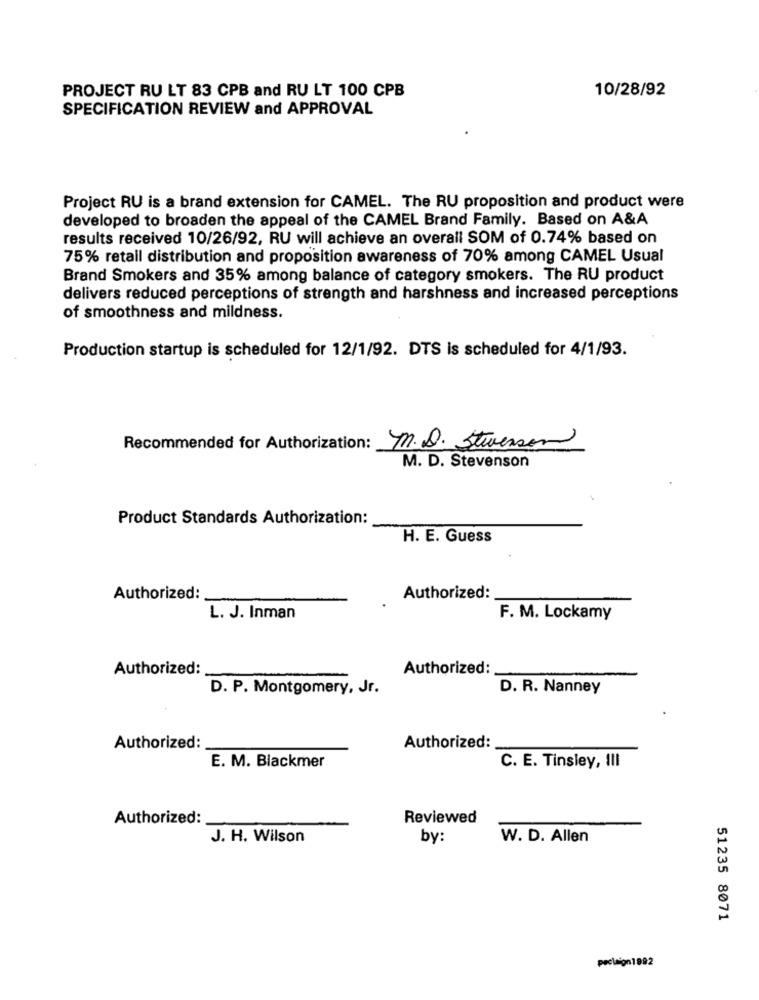
PROJECT RU LT 83 CPB and RU LT 100 CPB
10/28/92
SPECIFICATION REVIEW and APPROVAL
Project RU is a brand extension for CAMEL. The RU proposition and product were
developed to broaden the appeal of the CAMEL Brand Family. Based on A&A
results received 10/26/92, RU will achieve an overall SOM of 0.74% based on
75% retail distribution and proposition awareness of 70% among CAMEL Usual
Brand Smokers and 35% among balance of category smokers. The RU product
delivers reduced perceptions of strength and harshness and increased perceptions
of smoothness and mildness.
Production startup is scheduled for 12/1/92. DTS is scheduled for 4/1/93.
Recommended for Authorization: M.D. Stevenson
M. D. Stevenson
Product Standards Authorization:
H. E. Guess
Authorized:
Authorized:
L. J. Inman
F. M. Lockamy
Authorized:
Authorized:
D. P. Montgomery, Jr.
D. R. Nanney
Authorized:
Authorized:
E. M. Blackmer
C. E. Tinsley, III
Authorized:
Reviewed
J. H. Wilson
by:
W. D. Allen
51235 8071
pecleion1892